Annual vaccination report of Bihar and Orissa - 1911-1928
Year: 1911
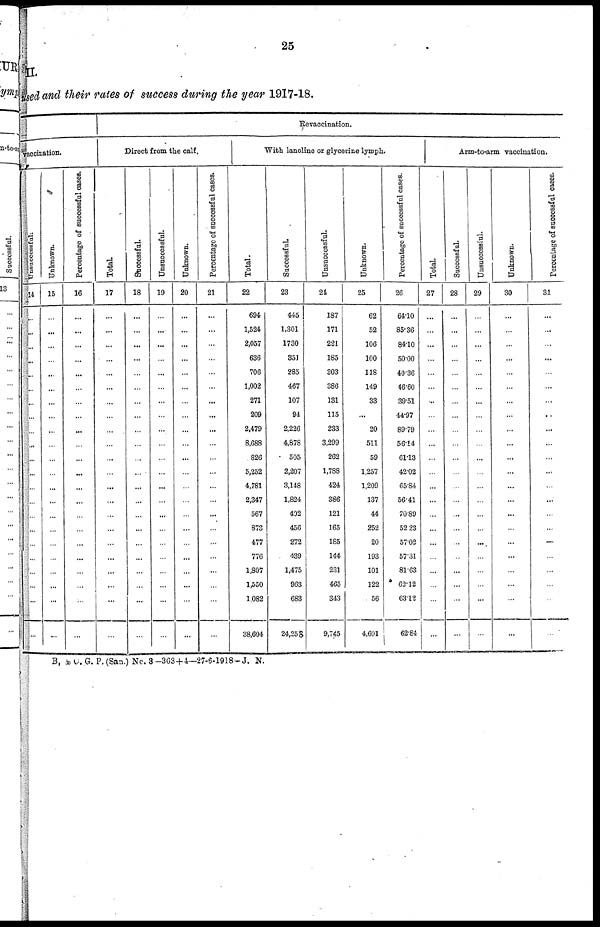
25
II.
used and their rates of success during the year 1917-18.
vaccination.
Unsuccessful.
14
...
...
...
...
...
...
...
...
...
...
...
...
...
...
...
...
...
...
...
...
...
...
Unknown.
15
...
...
...
...
...
...
...
...
...
...
...
...
...
...
...
...
...
...
...
...
...
...
Percentage of successful cases.
16
...
...
...
...
...
...
...
...
...
...
...
...
...
...
...
...
...
...
...
...
...
...
Revaccination.
Direct from the calf.
Total.
17
...
...
...
...
...
...
...
...
...
...
...
...
...
...
...
...
...
...
...
...
...
...
Successful.
18
...
...
...
...
...
...
...
...
...
...
...
...
...
...
...
...
...
...
...
...
...
...
Unsuccessful.
19
...
...
...
...
...
...
...
...
....
...
...
...
...
...
...
...
...
...
...
...
...
...
Unknown.
20
...
...
...
...
...
...
...
...
...
...
...
...
...
...
...
...
...
...
...
...
...
...
Percentage of successful cases.
21
...
...
...
...
...
...
...
...
...
...
...
...
...
...
...
...
...
...
...
...
...
...
With lanoline or glycerine lymph.
Total.
22
694
1,524
2,057
636
706
1,002
271
209
2,479
8,688
826
5,252
4,781
2,347
567
873
477
776
1,807
1,550
1,082
38,604
Successful.
23
445
1,301
1730
351
285
467
107
94
2,226
4,878
505
2,207
3,148
1,824
402
456
272
439
1,475
963
683
24,258
Unsuccessful.
24
187
171
221
185
303
386
131
115
233
3,299
262
1,788
424
386
121
165
185
144
231
465
343
9,745
Unknown.
25
62
52
106
100
118
149
33
...
20
511
59
1,257
1,209
137
44
252
20
193
101
122
56
4,601
Percentage of successful cases.
26
64.10
85.36
84.10
50.00
40.36
46.60
39.51
44.97
89.79
56.14
61.13
42.02
65.84
56.41
70.89
52.23
57.02
57.31
81.63
62.12
63.12
62.84
Arm-to-arm vaccination.
Total.
27
...
...
...
...
...
...
...
...
...
...
...
...
...
...
...
...
...
...
...
...
...
...
Successful.
28
...
...
...
...
...
...
...
...
...
...
...
...
...
...
...
...
...
...
...
...
...
...
Unsuccessful.
29
...
...
...
...
...
...
...
...
...
...
...
...
...
...
...
...
...
...
...
...
...
...
Unknown.
30
...
...
...
...
...
...
...
...
...
...
...
...
...
...
...
...
...
...
...
...
...
...
Percentage of successful cases.
31
...
...
...
...
...
...
...
...
...
...
...
...
...
...
...
...
...
...
...
...
B, & C. G. P. (San.) No. 3-363+4—27-6-1918-J. N.